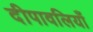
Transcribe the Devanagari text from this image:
दीपावलियाँ